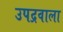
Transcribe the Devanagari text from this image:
उपद्रवाला